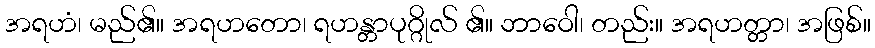
အရဟံ၊ မည်၏။ အရဟတော၊ ရဟန္တာပုဂ္ဂိုလ် ၏။ ဘာဝေါ၊ တည်း။ အရဟတ္တာ၊ အဖြစ်။